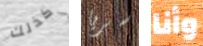
كذلك سريا وأنا